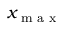
x _ { \textrm { m a x } }